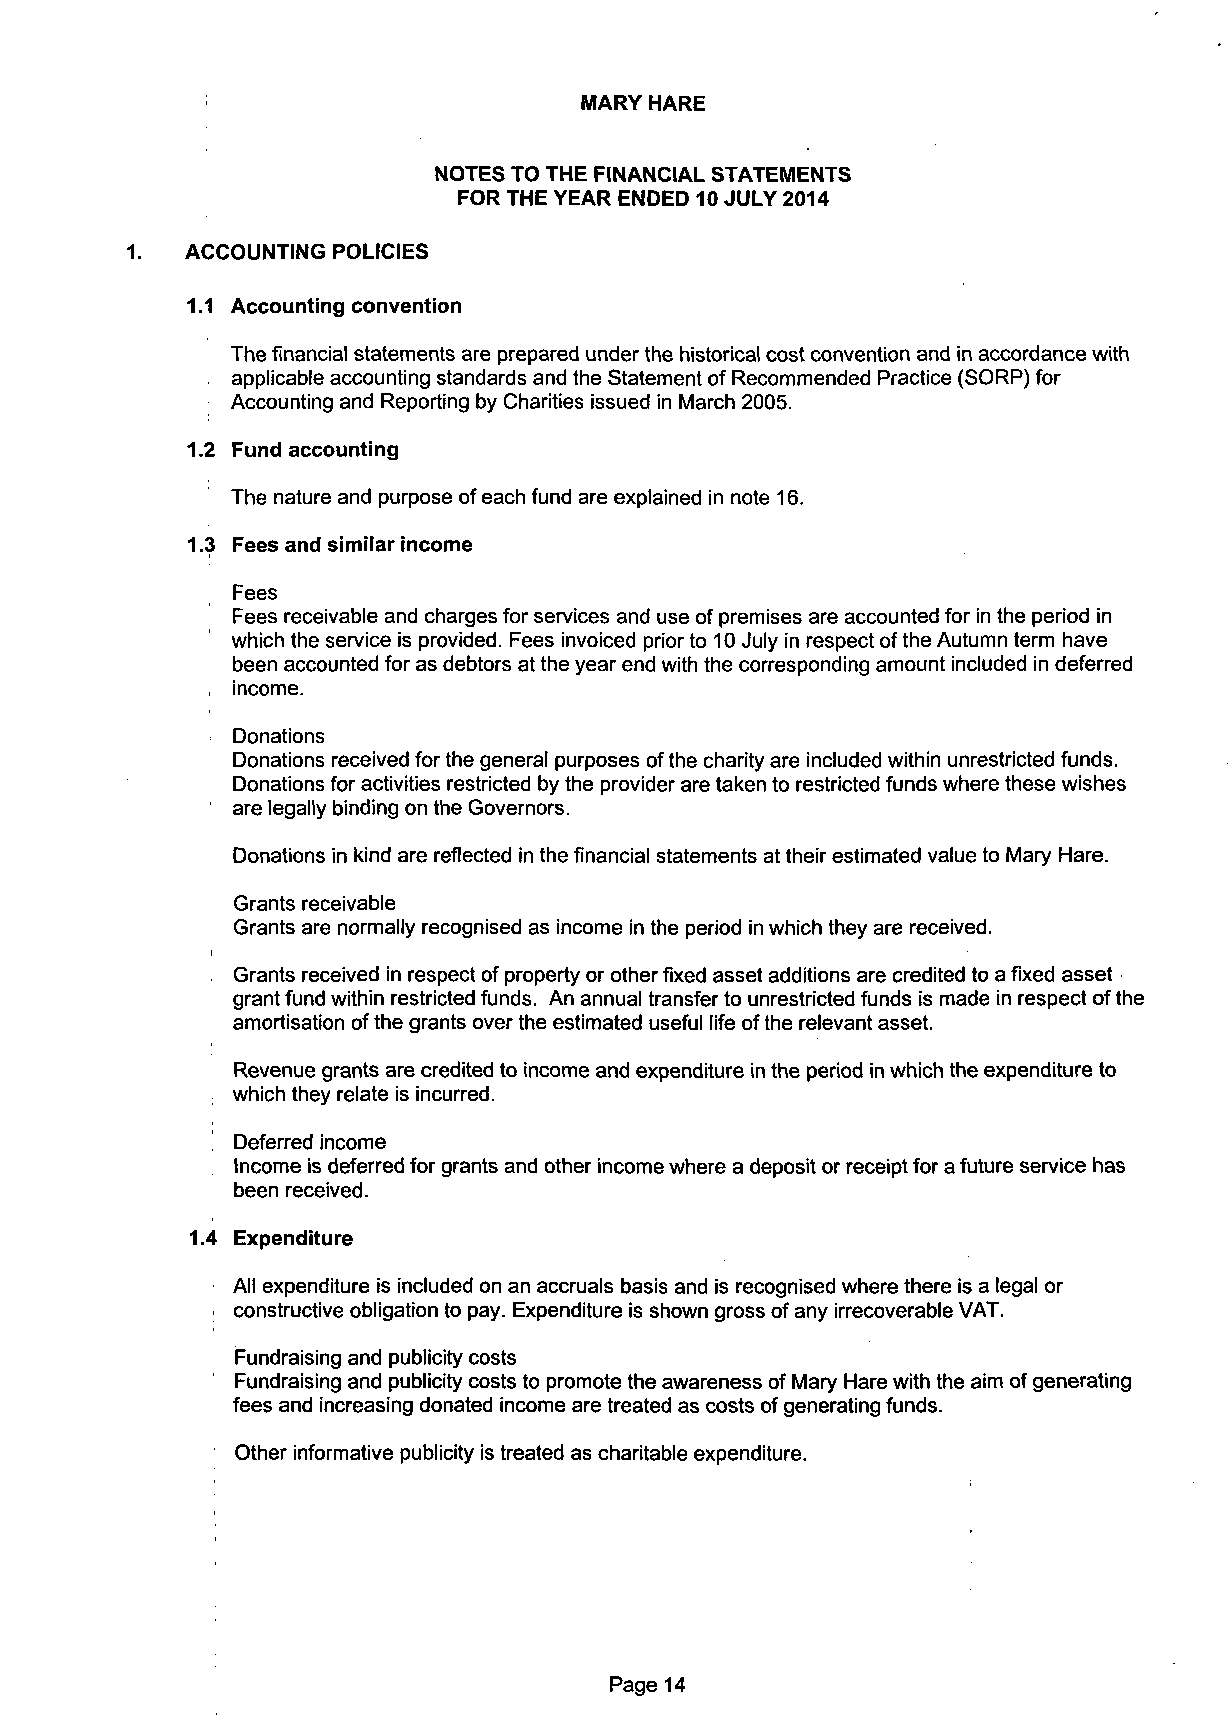
MARY HARE
 NOTES TO THE FINANCIAL STATEMENTS
 FOR THE YEAR ENDED 10 JULY 2014
 1.  ACCOUNTING POLICIES
 1.1 Accounting convention
 The financial statements are prepared under the historical cost convention and in accordance with
 applicable accounting standards and the Statement of Recommended Practice (SORP) for
 Accounting and Reporting by Charities issued in March 2005.
 1.2 Fund accounting
 The nature and purpose of each fund are explained in note 16.
 1.3 Fees and similar income
 Fees
 Fees receivable and charges for services and use of premises are accounted for in the period in
 which the service is provided. Fees invoiced prior to 10 July in respect of the Autumn term have
 been accounted for as debtors at the year end with the corresponding amount included in deferred
 income.
 Donations
 Donations received for the general purposes of the charity are included within unrestricted funds.
 Donations for activities restricted by the provider are taken to restricted funds where these wishes
 are legally binding on the Governors.
 Donations in kind are reflected in the financial statements at their estimated value to Mary Hare.
 Grants receivable
 Grants are normally recognised as income in the period in which they are received.
 Grants received in respect of property or other fixed asset additions are credited to a fixed asset
 grant fund within restricted funds. An annual transfer to unrestricted funds is made in respect of the
 amortisation of the grants over the estimated useful life of the relevant asset.
 Revenue grants are credited to income and expenditure in the period in which the expenditure to
 which they relate is incurred.
 '. Deferred income
 Income is deferred for grants and other income where a deposit or receipt for a future service has
 been received.
 1.4 Expenditure
 All expenditure is included on an accruals basis and is recognised where there is a legal or
 constructive obligation to pay. Expenditure is shown gross of any irrecoverable VAT.
 Fundraising and publicity costs
 Fundraising and publicity costs to promote the awareness of Mary Hare with the aim of generating
 fees and increasing donated income are treated as costs of generating funds.
 Other informative publicity is treated as charitable expenditure.
 Page 14